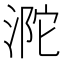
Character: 𣵻